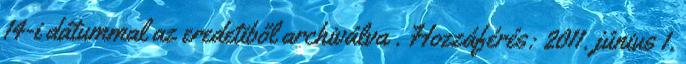
14-i dátummal az eredetiből archiválva . Hozzáférés: 2011. június 1.